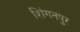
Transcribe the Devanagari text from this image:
शिंगनपुर